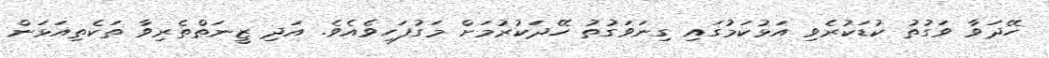
ހޭދަވާ ވަގުތު ކުޑަކުރެވި އަޅުކަމުގައި ގިނަވަގުތު ހޭދަކުރުމަށް މަގުފަހިވެއެވެ. އަދި ޒީނަތްތެރިވާ ތަކެތިއަޅަން